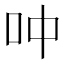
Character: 𫩘